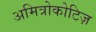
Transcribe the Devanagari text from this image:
अमित्रोकोटिज़